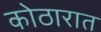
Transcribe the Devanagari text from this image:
कोठारात